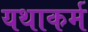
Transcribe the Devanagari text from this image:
यथाकर्म